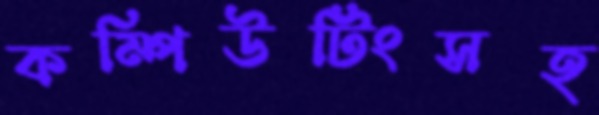
কম্পিউটিংসহ